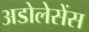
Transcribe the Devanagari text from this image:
अडोलेसेंस